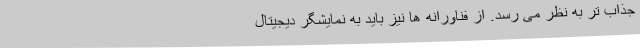
جذاب تر به نظر می رسد. از فناورانه ها نیز باید به نمایشگر دیجیتال